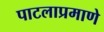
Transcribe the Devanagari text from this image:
पाटलाप्रमाणे